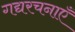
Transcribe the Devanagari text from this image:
गद्यरचनाएँ